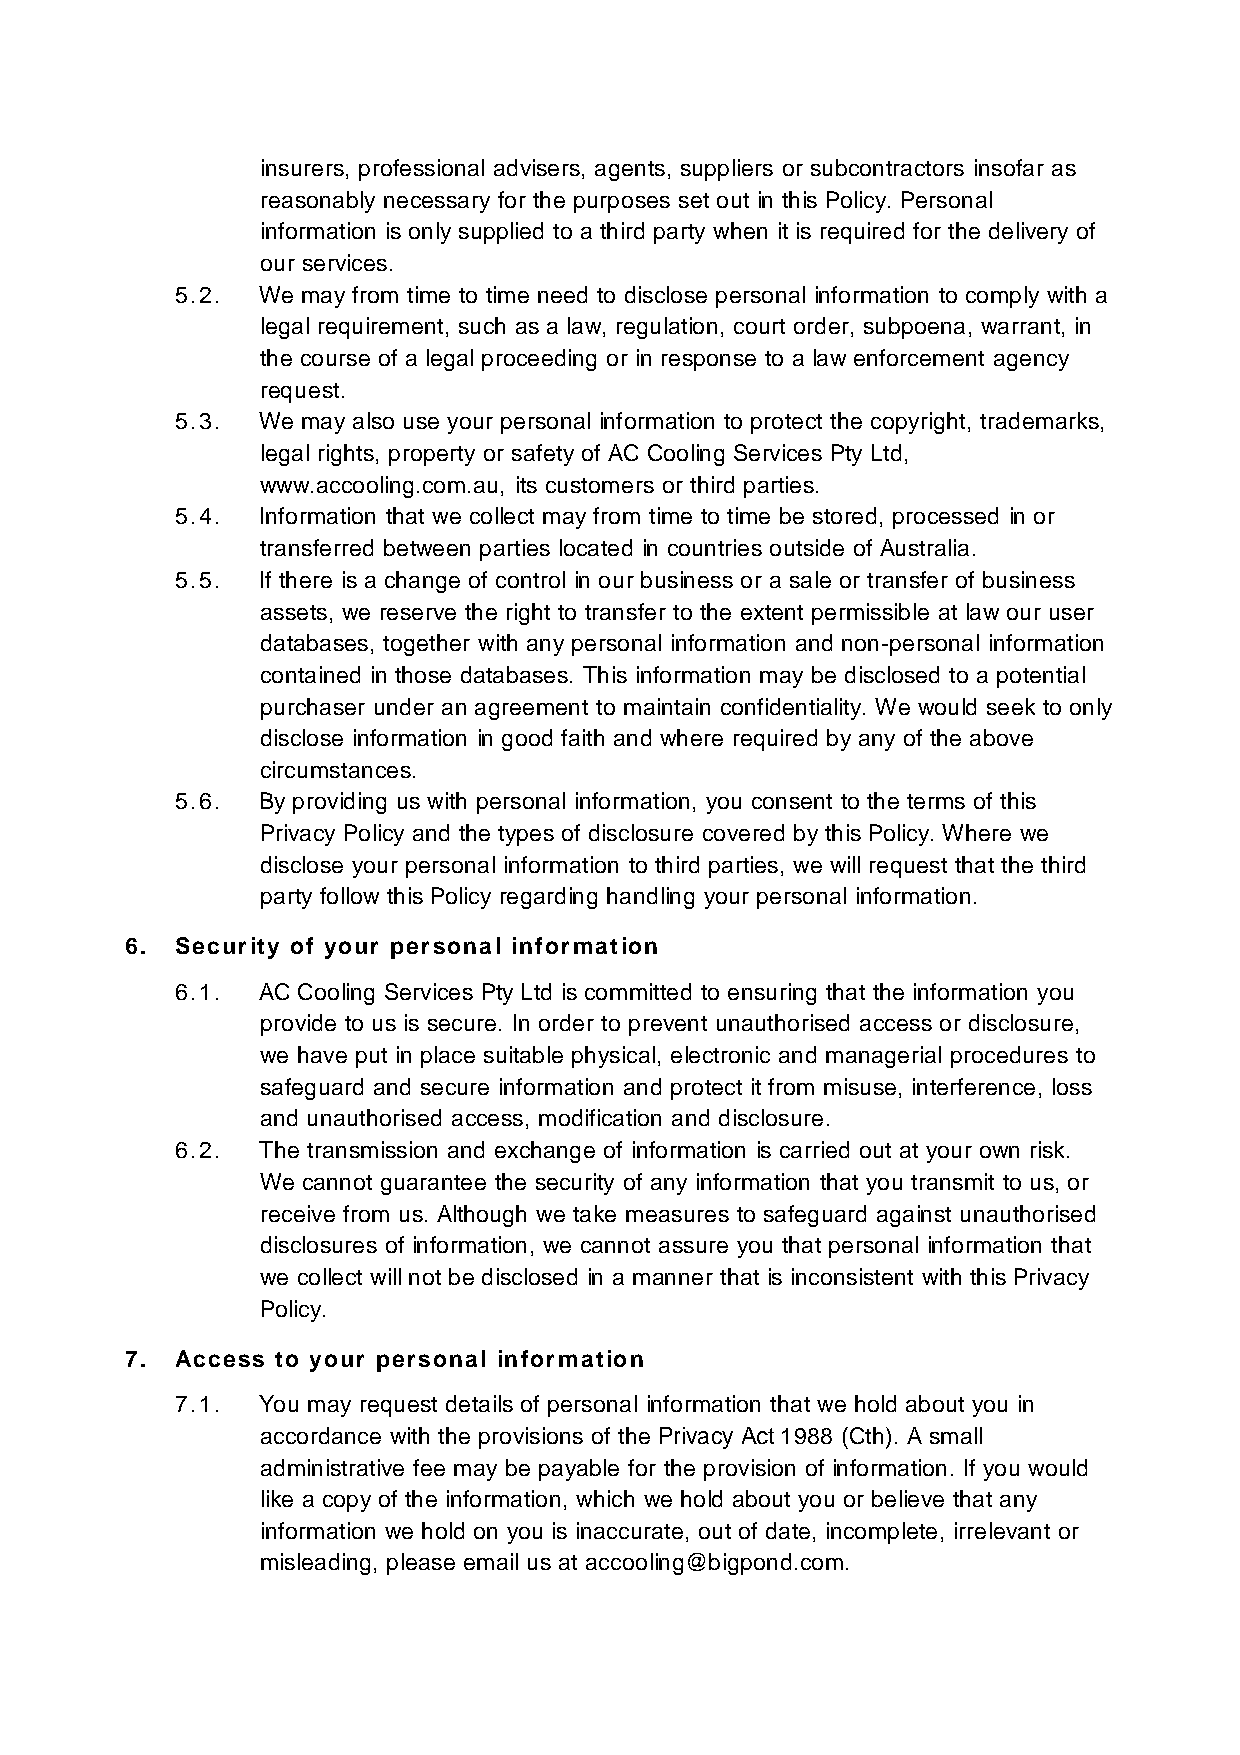
insurers, professional advisers, agents, suppliers or subcontractors insofar as
 reasonably necessary for the purposes set out in this Policy. Personal
 information is only supplied to a third party when it is required for the delivery of
 our services.
 5 . 2 . We may from time to time need to disclose personal information to comply with a
 legal requirement, such as a law, regulation, court order, subpoena, warrant, in
 the course of a legal proceeding or in response to a law enforcement agency
 request.
 5 . 3 . We may also use your personal information to protect the copyright, trademarks,
 legal rights, property or safety of AC Cooling Services Pty Ltd,
 www.accooling.com.au, its customers or third parties.
 5 . 4 . Information that we collect may from time to time be stored, processed in or
 transferred between parties located in countries outside of Australia.
 5 . 5 . If there is a change of control in our business or a sale or transfer of business
 assets, we reserve the right to transfer to the extent permissible at law our user
 databases, together with any personal information and non-personal information
 contained in those databases. This information may be disclosed to a potential
 purchaser under an agreement to maintain confidentiality. We would seek to only
 disclose information in good faith and where required by any of the above
 circumstances.
 5 . 6 . By providing us with personal information, you consent to the terms of this
 Privacy Policy and the types of disclosure covered by this Policy. Where we
 disclose your personal information to third parties, we will request that the third
 party follow this Policy regarding handling your personal information.
 6 . Se c u r it y o f y o u r p e r s o n a l in f o r m a t io n
 6 . 1 . AC Cooling Services Pty Ltd is committed to ensuring that the information you
 provide to us is secure. In order to prevent unauthorised access or disclosure,
 we have put in place suitable physical, electronic and managerial procedures to
 safeguard and secure information and protect it from misuse, interference, loss
 and unauthorised access, modification and disclosure.
 6 . 2 . The transmission and exchange of information is carried out at your own risk.
 We cannot guarantee the security of any information that you transmit to us, or
 receive from us. Although we take measures to safeguard against unauthorised
 disclosures of information, we cannot assure you that personal information that
 we collect will not be disclosed in a manner that is inconsistent with this Privacy
 Policy.
 7 . Ac c e s s t o y o u r p e r s o n a l in f o r m a t io n
 7 . 1 . You may request details of personal information that we hold about you in
 accordance with the provisions of the Privacy Act 1988 (Cth). A small
 administrative fee may be payable for the provision of information. If you would
 like a copy of the information, which we hold about you or believe that any
 information we hold on you is inaccurate, out of date, incomplete, irrelevant or
 misleading, please email us at accooling@bigpond.com.